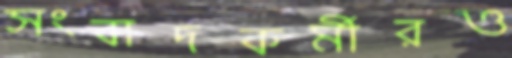
সংবাদকর্মীরও